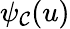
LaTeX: \psi_{\mathcal{C}}(u)